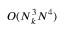
O ( N _ { k } ^ { 3 } N ^ { 4 } )